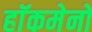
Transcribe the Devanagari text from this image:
हाॅकमेनों